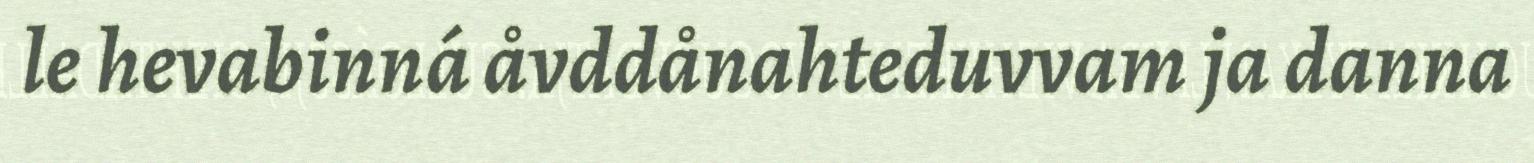
le hevabinná åvddånahteduvvam ja danna